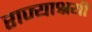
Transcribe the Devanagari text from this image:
राज्याश्रयी